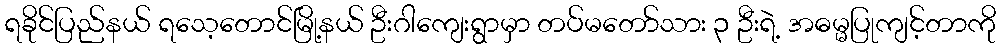
ရခိုင်ပြည်နယ် ရသေ့တောင်မြို့နယ် ဦးဂါကျေးရွာမှာ တပ်မတော်သား ၃ ဦးရဲ့ အဓမ္မပြုကျင့်တာကို